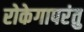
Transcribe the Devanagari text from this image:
रोकेगापरंतु